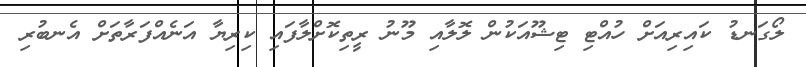
ލޯގަނޑު ކައިރިއަށް ހުއްޓި ޓިޝޫއަކުން ލޮލާއި މޫނު ރީތިކޮށްލާފައި ކިރިޔާ އަނެއްފަރާތަށް އެނބުރި